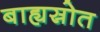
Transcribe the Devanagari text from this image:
बाह्यस्रोत